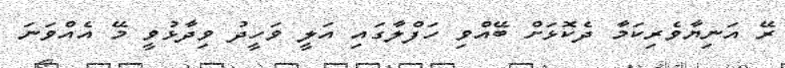
ރޭ އަނިޔާވެރިކަމާ ދެކޮޅަށް ބޭއްވި ހަފްލާގައި އަލީ ވަހީދު ވިދާޅުވީ މޭ އެއްވަނަ